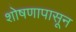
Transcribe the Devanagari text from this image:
शोषणापासून